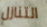
التنازل